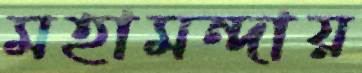
মহামন্দায়